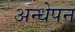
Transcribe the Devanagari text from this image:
अन्धेपन